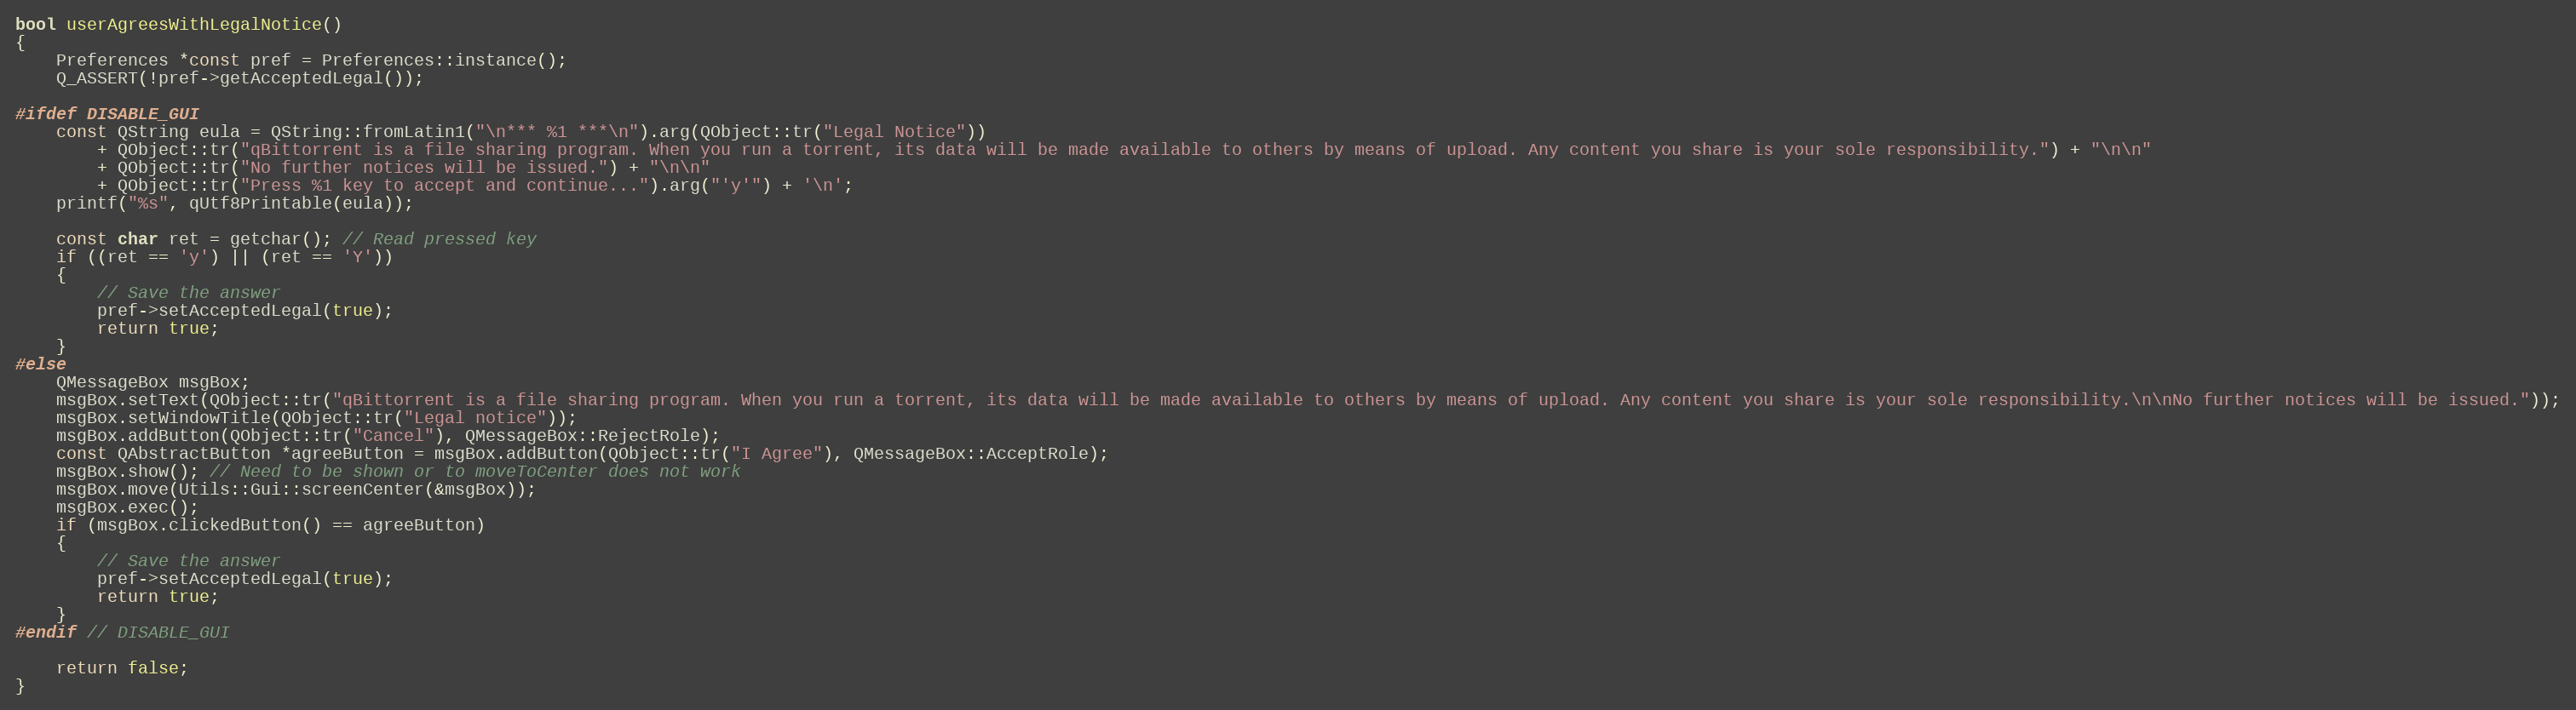
Language: C++
bool userAgreesWithLegalNotice()
{
    Preferences *const pref = Preferences::instance();
    Q_ASSERT(!pref->getAcceptedLegal());

#ifdef DISABLE_GUI
    const QString eula = QString::fromLatin1("\n*** %1 ***\n").arg(QObject::tr("Legal Notice"))
        + QObject::tr("qBittorrent is a file sharing program. When you run a torrent, its data will be made available to others by means of upload. Any content you share is your sole responsibility.") + "\n\n"
        + QObject::tr("No further notices will be issued.") + "\n\n"
        + QObject::tr("Press %1 key to accept and continue...").arg("'y'") + '\n';
    printf("%s", qUtf8Printable(eula));

    const char ret = getchar(); // Read pressed key
    if ((ret == 'y') || (ret == 'Y'))
    {
        // Save the answer
        pref->setAcceptedLegal(true);
        return true;
    }
#else
    QMessageBox msgBox;
    msgBox.setText(QObject::tr("qBittorrent is a file sharing program. When you run a torrent, its data will be made available to others by means of upload. Any content you share is your sole responsibility.\n\nNo further notices will be issued."));
    msgBox.setWindowTitle(QObject::tr("Legal notice"));
    msgBox.addButton(QObject::tr("Cancel"), QMessageBox::RejectRole);
    const QAbstractButton *agreeButton = msgBox.addButton(QObject::tr("I Agree"), QMessageBox::AcceptRole);
    msgBox.show(); // Need to be shown or to moveToCenter does not work
    msgBox.move(Utils::Gui::screenCenter(&msgBox));
    msgBox.exec();
    if (msgBox.clickedButton() == agreeButton)
    {
        // Save the answer
        pref->setAcceptedLegal(true);
        return true;
    }
#endif // DISABLE_GUI

    return false;
}